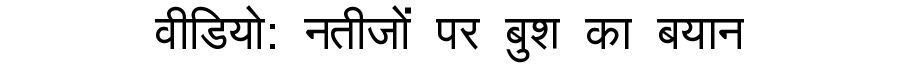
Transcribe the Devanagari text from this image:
वीडियो: नतीजों पर बुश का बयान